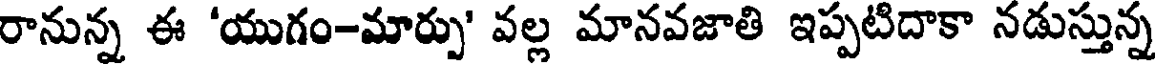
రానున్న ఈ 'యుగం-మార్పు' వల్ల మానవజాతి ఇప్పటిదాకా నడుస్తున్న